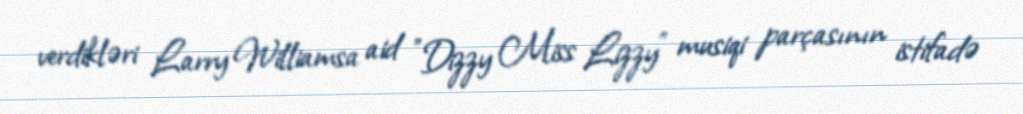
verdikləri Larry Williamsa aid "Dizzy Miss Lizzy" musiqi parçasının istifadə